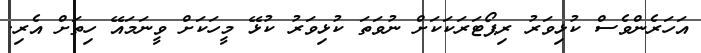
އަހަރެންވެސް ކުޅިވަރު ރިޕޯޓަރަކަކަށް ނުވަތަ ކުޅިވަރު ކުޅޭ މީހަކަށް ވީނަމައޭ ހިތަށް އެރި.